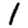
Digit: 1